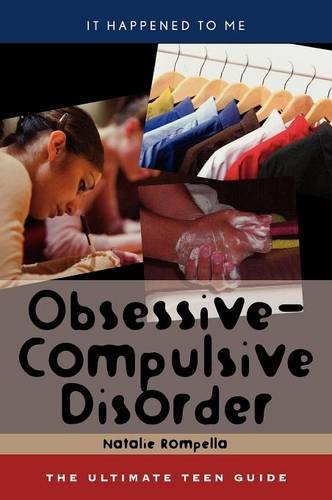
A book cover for Obsessive-Compulsive Disorder: The Ultimate Teen Guide (It Happened to Me); Natalie Rompella; Teen & Young Adult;